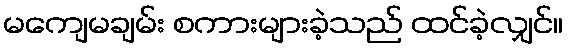
မကျေမချမ်း စကားများခဲ့သည် ထင်ခဲ့လျှင်။